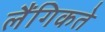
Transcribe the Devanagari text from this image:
लैंगिकते